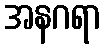
အနဂရာ